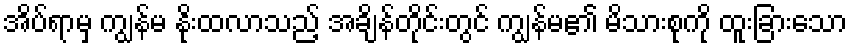
အိပ်ရာမှ ကျွန်မ နိုးထလာသည့် အချိန်တိုင်းတွင် ကျွန်မ၏ မိသားစုကို ထူးခြားသော